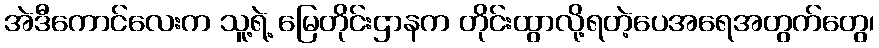
အဲဒီကောင်လေးက သူ့ရဲ့ မြေတိုင်းဌာနက တိုင်းထွာလို့ရတဲ့ပေအရေအတွက်တွေ၊